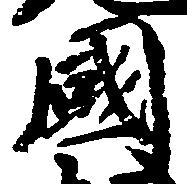
国